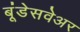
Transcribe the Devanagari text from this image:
बूंडेसवेअर